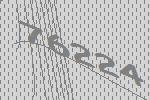
76224